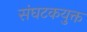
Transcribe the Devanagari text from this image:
संघटकयुक्त